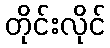
တိုင်းလိုင်